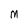
Character: M